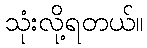
သုံးလို့ရတယ်။